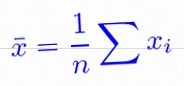
\bar{x}=\frac1n\sum x_i